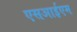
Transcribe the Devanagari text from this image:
एसआईएम